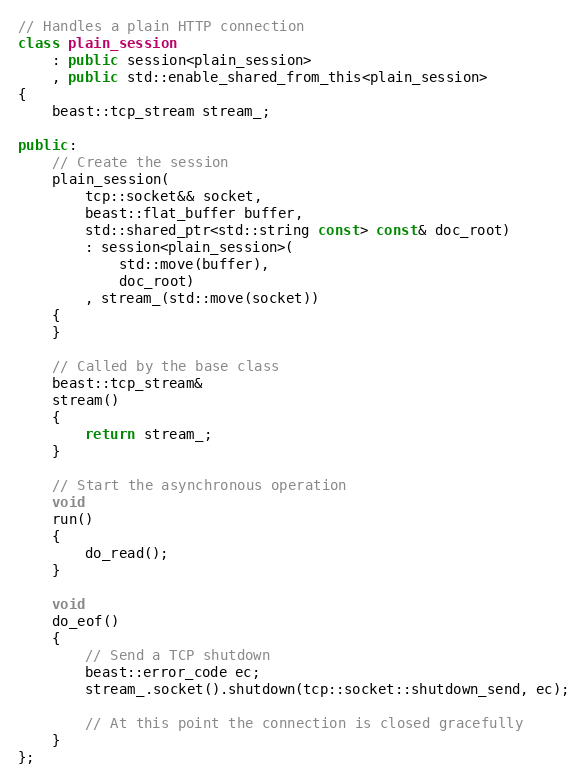
Language: C++
// Handles a plain HTTP connection
class plain_session
    : public session<plain_session>
    , public std::enable_shared_from_this<plain_session>
{
    beast::tcp_stream stream_;

public:
    // Create the session
    plain_session(
        tcp::socket&& socket,
        beast::flat_buffer buffer,
        std::shared_ptr<std::string const> const& doc_root)
        : session<plain_session>(
            std::move(buffer),
            doc_root)
        , stream_(std::move(socket))
    {
    }

    // Called by the base class
    beast::tcp_stream&
    stream()
    {
        return stream_;
    }

    // Start the asynchronous operation
    void
    run()
    {
        do_read();
    }

    void
    do_eof()
    {
        // Send a TCP shutdown
        beast::error_code ec;
        stream_.socket().shutdown(tcp::socket::shutdown_send, ec);

        // At this point the connection is closed gracefully
    }
};